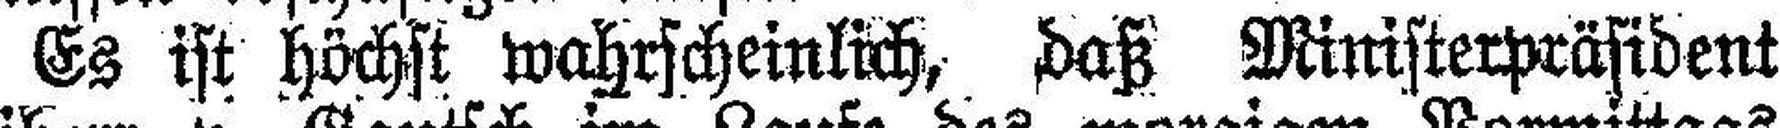
Es ist höchst wahrscheinlich, daß Ministerpräsident